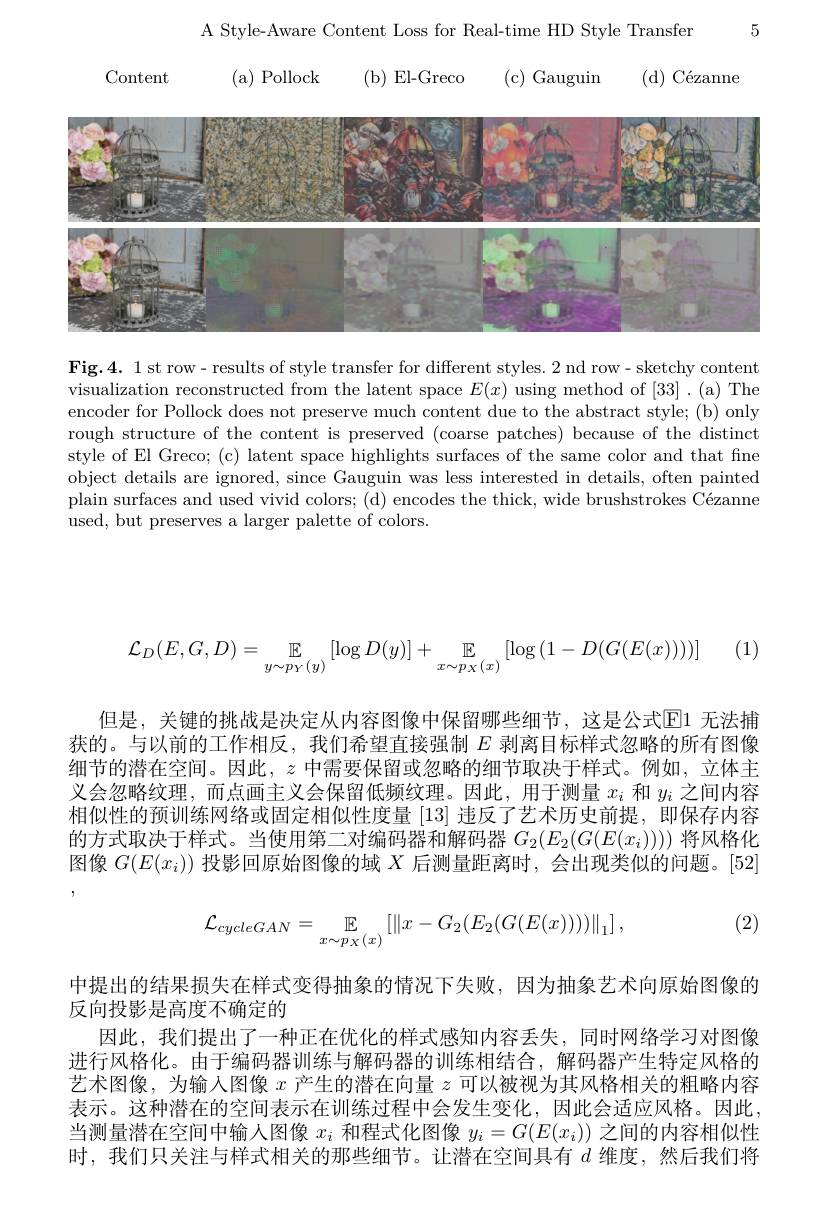
5

A Style-Aware Content Loss for Real-time HD Style Transfer

Content

( a) Pollock ( b) El- Greco ( c) Gauguin ( d) C$\acute{e}$zanne

<FigureHere>

Fig.4. 1 st row- results of style transfer for different styles. 2 nd row- sketchy content visualization reconstructed from the latent space $E(x)$ using method of [33]. (a) The encoder for Pollock does not preserve much content due to the abstract style; (b) only rough structure of the content is preserved (coarse patches) because of the distinct style of El Greco; (c) latent space highlights surfaces of the same color and that fine object details are ignored, since Gauguin was less interested in details, often painted plain surfaces and used vivid colors; (d) encodes the thick, wide brushstrokes Cézanne used, but preserves a larger palette of colors.

 ] (1)
$$\mathcal{L}_D(E,G,D)=\underset{y\sim p_Y(y)}{\mathbb{E}}\left[\log D(y)\right]+\underset{x\sim p_X(x)}{\mathbb{E}}\left[\log\left(1-D(G(E(x)))\right)\right]$$
但是，关键的挑战是决定从内容图像中保留哪些细节，这是公式$\overline{\mathbb{E}}$1 无法捕获的。与以前的工作相反，我们希望直接强制$E$剥离目标样式忽略的所有图像细节的潜在空间。因此，$z$中需要保留或忽略的细节取决于样式。例如，立体主义会忽略纹理，而点画主义会保留低频纹理。因此，用于测量$x_i$和$y_i$之间内容相似性的预训练网络或固定相似性度量[13]违反了艺术历史前提，即保存内容的方式取决于样式。当使用第二对编码器和解码器$G_2(E_2(G(E(x_i))))$将风格化图像$G(E(x_i))$投影回原始图像的域$X$后测量距离时，会出现类似的问题。[52]

(2)
$$\mathcal{L}_{cycleGAN}=\underset{x\sim p_X(x)}{\mathbb{E}}\left[\left\|x-G_2(E_2(G(E(x))))\right\|_1\right],$$
中提出的结果损失在样式变得抽象的情况下失败，因为抽象艺术向原始图像的
反向投影是高度不确定的
因此，我们提出了一种正在优化的样式感知内容丢失，同时网络学习对图像进行风格化。由于编码器训练与解码器的训练相结合，解码器产生特定风格的艺术图像，为输人图像$x$产生的潜在向量$z$可以被视为其风格相关的粗略内容表示。这种潜在的空间表示在训练过程中会发生变化，因此会适应风格。因此当测量潜在空间中输人图像$x_i$和程式化图像$y_i=G(E(x_i))$之间的内容相似性时，我们只关注与样式相关的那些细节。让潜在空间具有$d$ 维度，然后我们将